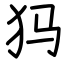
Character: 犸